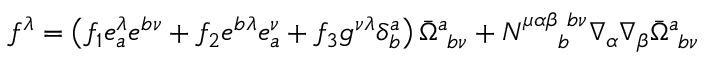
f ^ { \lambda } = \left( f _ { 1 } e _ { a } ^ { \lambda } e ^ { b \nu } + f _ { 2 } e ^ { b \lambda } e _ { a } ^ { \nu } + f _ { 3 } g ^ { \nu \lambda } \delta _ { b } ^ { a } \right) \bar { \Omega } _ { ~ b \nu } ^ { a } + N _ { ~ ~ ~ ~ b } ^ { \mu \alpha \beta ~ b \nu } \nabla _ { \alpha } \nabla _ { \beta } \bar { \Omega } _ { ~ b \nu } ^ { a }